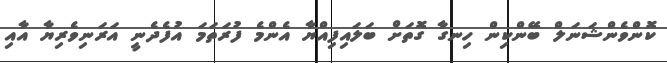
ކޮންވެންޝަނަލް ބޭންކިން ހިނގާ ގޮތަށް ބަލައިފިއްޔާ އެންމެ ފުރަތަމަ އުފެދެނީ އަރަނިވެރިޔާ އާއި